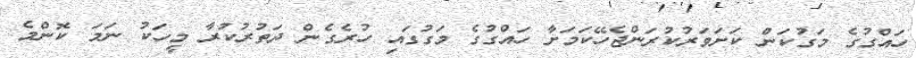
ހައްގުގެ މަގުކަން ކަށަވަރުކުރަންޖެހޭކަމަށާ ހައްގުގެ މަގުގައި ހުރެގެން ދަތުރުކުރާ މީހަކު ނަމަ ކޮންމެ